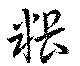
粻